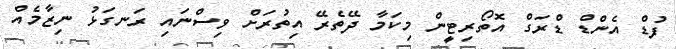
ފުޑް އެންޑް ޑްރަގް އޮތޯރިިޓީން މިކަމާ ދޭތެރޭ އިތުރަަށް ވިސްނައި ރަނގަޅު ނިޒާމެއް